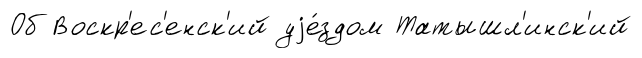
Об Воскр'ес'енск'ий уjе́здом Татышл'инск'ий